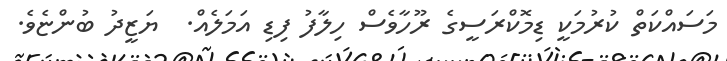
މަސައްކަތް ކުރުމަކީ ޑިމޮކްރަސީގެ ރޫހާވެސް ހިލާފު ފިޑި އަމަލެއް.  ޔަޒީދު ބުންޏެވެ.